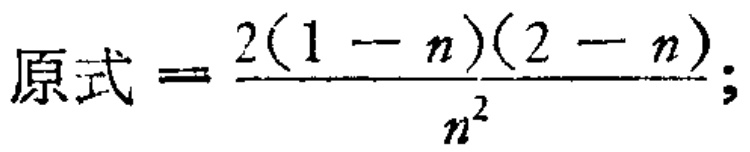
\(原式=\frac{2(1 - n)(2 - n)}{n^{2}};\)